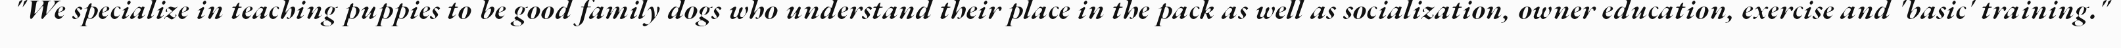
"We specialize in teaching puppies to be good family dogs who understand their place in the pack as well as socialization, owner education, exercise and 'basic' training."